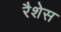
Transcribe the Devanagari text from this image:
रैशेस